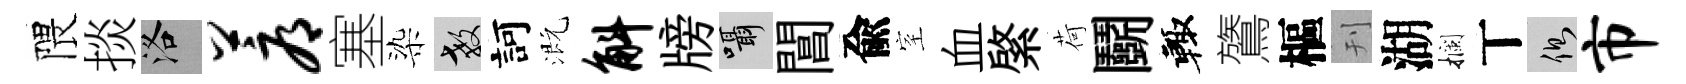
隈掞洛蓐塞染教訶溉斛牓囁閶兪室血綮荷鬬輙鷟樞刊湖攔丅側市